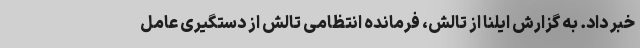
خبر داد. به گزارش ایلنا از تالش، فرمانده انتظامی تالش از دستگیری عامل